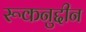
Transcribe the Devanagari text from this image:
रूकनुद्दीन